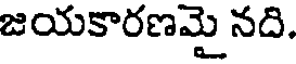
జయకారణమై నది.